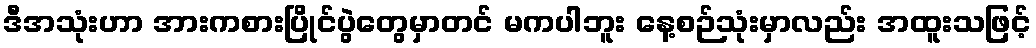
ဒီအသုံးဟာ အားကစားပြိုင်ပွဲတွေမှာတင် မကပါဘူး နေ့စဉ်သုံးမှာလည်း အထူးသဖြင့်